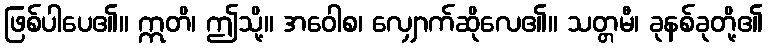
ဖြစ်ပါပေ၏။ ဣတိ၊ ဤသို့။ အဝေါစ၊ လျှောက်ဆိုလေ၏။ သတ္တမီ၊ ခုနစ်ခုတို့၏